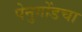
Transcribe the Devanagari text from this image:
पेनुगोंडचा